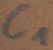
Text: C1